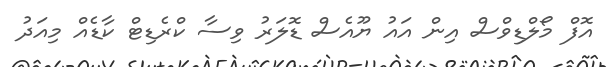
އޮފް މޯލްޑިވްސް އިން އައު ޔޫއެސް ޑޮލަރު ވިސާ ކްރެޑިޓް ކާޑެއް މިއަދު